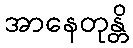
အာနေတုန္တိ